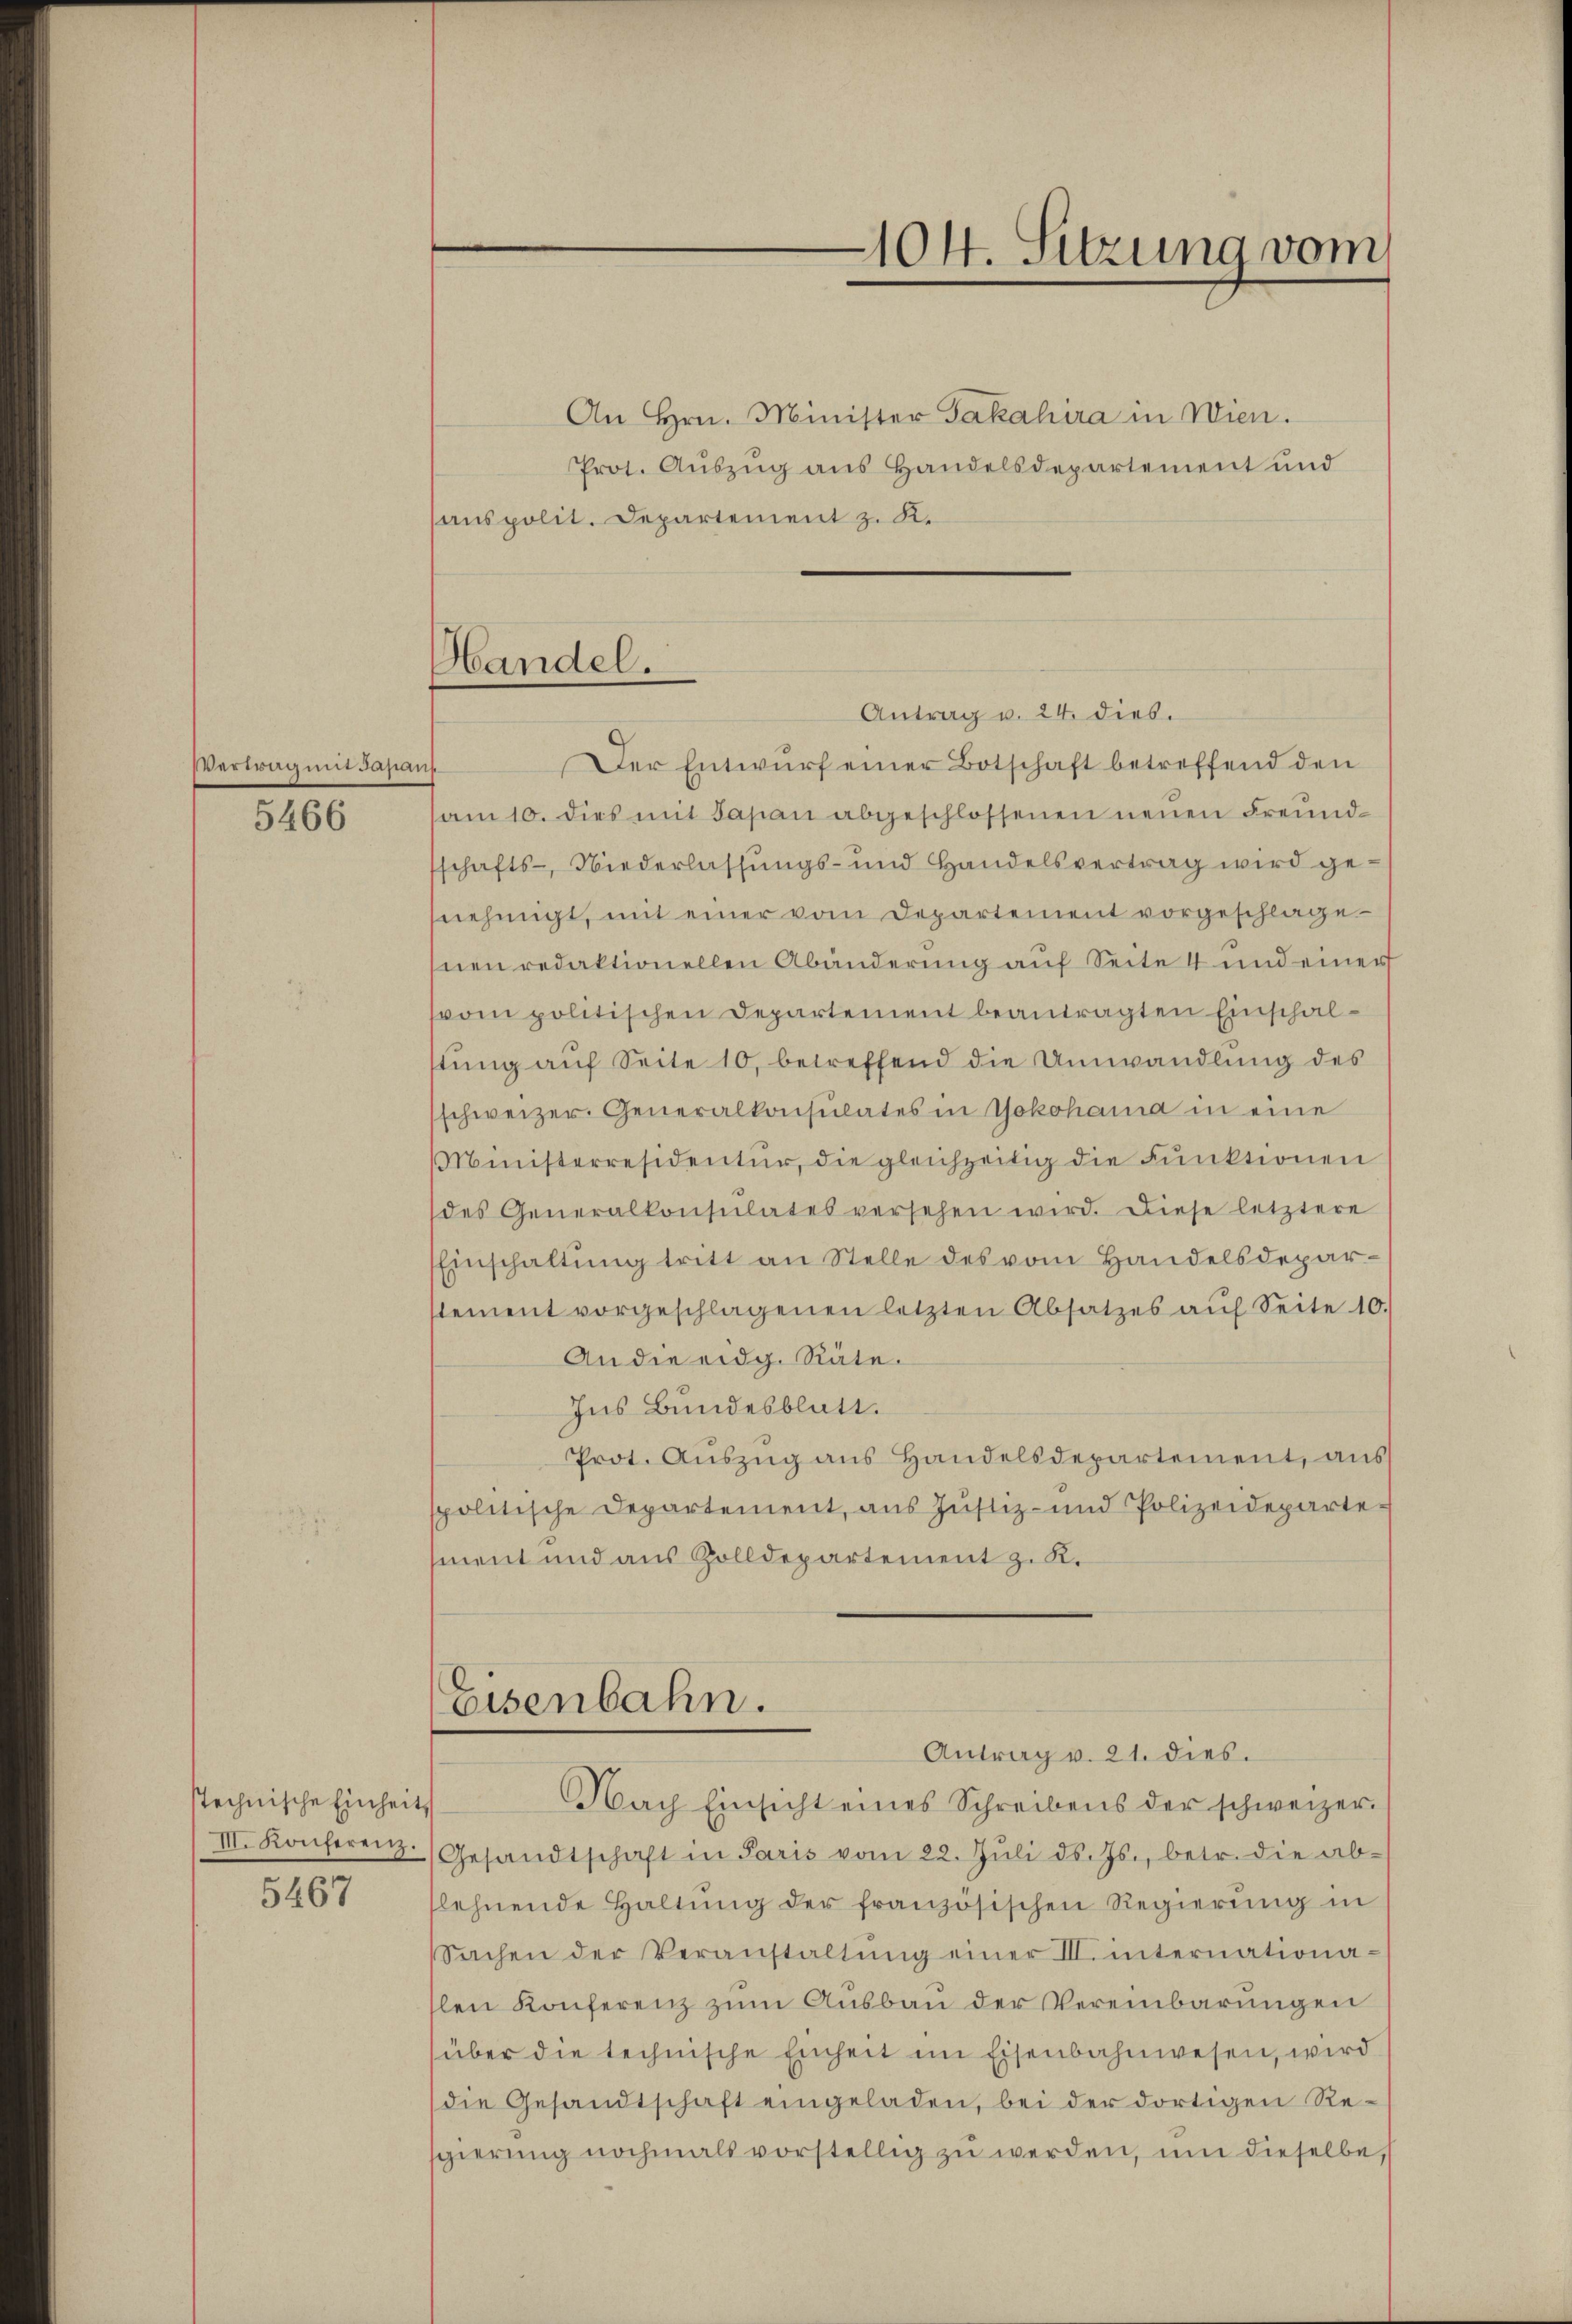
Vertrag mit Japans

5466

stechnische Einheit

5467

Handel.

Eisenbahn.
Nach Einsicht eines Schreibens der schweizer.

An Hrn. Minister Jakahira in Wien.
Prot. Auszug aus Handelsdepartement und
anspolit. Departement z. K.

104. Sitzung vom

Antrag u. 24. dies.
Der Entwurf einer Botschaft betreffend den
am 10. dies mit Japan abgeschlossenen neuen Freundsschafts-, Niederlassungs- und Handelsvertrag wird genehmigt, mit einer vom Departement vorgeschlagenen redaktionellen Abänderung auf Seite 4 und einer
svom politischen Departement beantragten Einschalstung auf Seite 10, betreffend die Umwandlung des
schweizer. Generalkonsulates in Yokohama in eine
Ministerresidentur, die gleichzeitig die Funktionen
des Generalkonsulates versehen wird. Diese letztere
Einschaltŭng tritt an Stelle des vom Handelsdepar-
stement vorgeschlagenen letzten Absatzes aŭf Seite 10.
An die eidg. Räte.
Ins Bundesblatt.
Prot. Aŭszŭg aŭs Handelsdepartement, aŭs
spolitische Departement, aus Justiz- und Polizeideparte-
ment und aus Zolldepartement z. K.

Antrag v. 21. dies.
III. Konferenz. Gesandtschaft in Paris vom 22. Jŭli d. Js., betr. die ab-
flehnende Haltŭng der französischen Regierŭng in
Sachen der Veranstaltŭng einer III. internationaslen Konferenz zum Ausbau der Vereinbarungen
über die technische Einheit im Eisenbahnwesen, wird
die Gesandtschaft eingeladen, bei der dortigen Resgierŭng nochmals vorstellig zŭ werden, um dieselbe